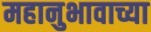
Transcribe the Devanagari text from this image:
महानुभावाच्या